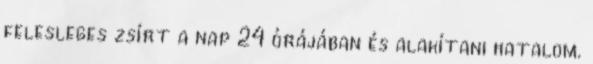
felesleges zsírt a nap 24 órájában és alakítani hatalom.